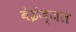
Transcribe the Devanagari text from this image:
बेईज्जत